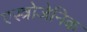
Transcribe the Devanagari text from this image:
एस्त्रोजेनिक